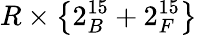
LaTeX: R\times\left\{ 2_{B}^{15}+2_{F}^{15}\right\}